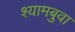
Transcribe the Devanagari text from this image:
श्यामबुवा